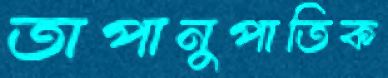
তাপানুপাতিক